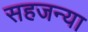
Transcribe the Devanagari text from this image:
सहजन्या